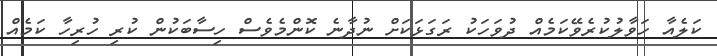
ކަލެއާ ހަވާލުކުރެވޭކަމެއް ދުވަހަކު ރަގަޅަކަށް ނުދާނެ ކޮންމެވެސް ހިސާބަކުން ކުރި ހުރިހާ ކަމެއް